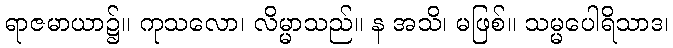
ရာဇမာယာ၌။ ကုသလော၊ လိမ္မာသည်။ န အသိ၊ မဖြစ်။ သမ္မပေါရိသာဒ၊